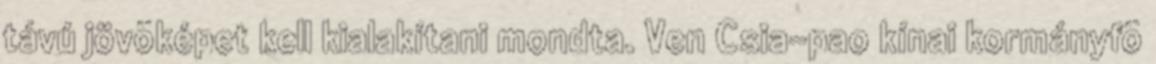
távú jövõképet kell kialakítani mondta. Ven Csia-pao kínai kormányfõ